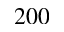
2 0 0